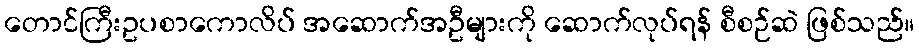
တောင်ကြီးဥပစာကောလိပ် အဆောက်အဦများကို ဆောက်လုပ်ရန် စီစဉ်ဆဲ ဖြစ်သည်။